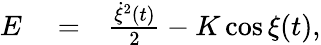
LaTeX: \begin{array}{rlr}{E}&{{}=}&{\frac{\dot{\xi}^{2}(t)}{2}-K\cos\xi(t),}\end{array}